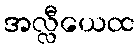
အလ္လီယေထ